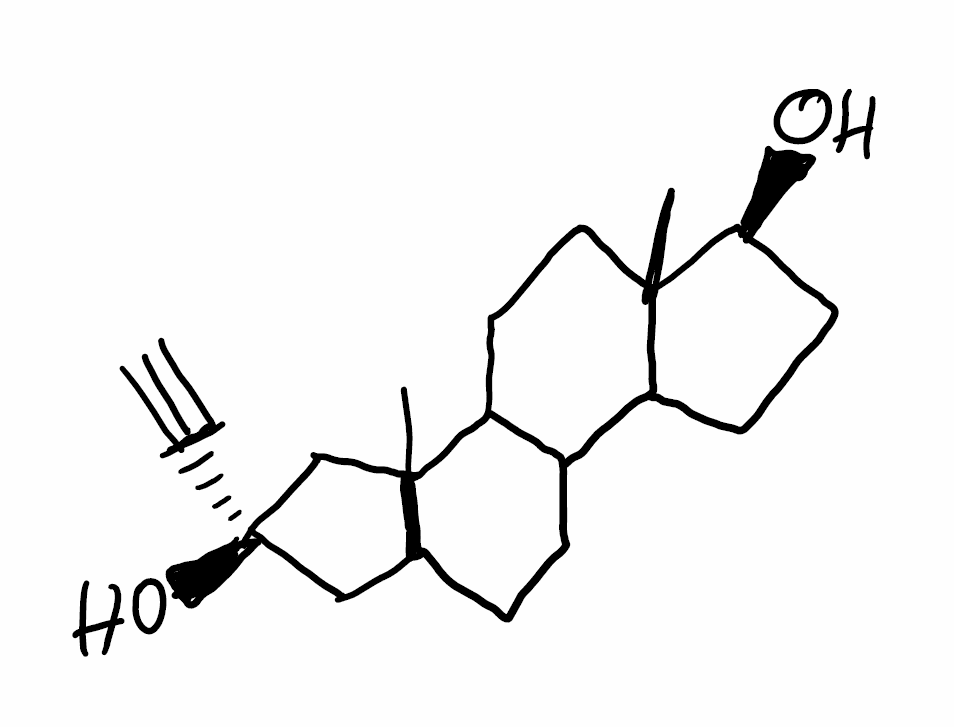
Simplified molecular-input line-entry system (SMILES) notation of the given molecule:
CC12CCC3C(C1CC[C@@H]2O)CCC4C3(C[C@](C4)(C#C)O)C